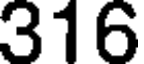
316